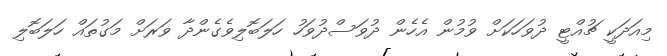
މިއަދަކީ ޗުއްޓީ ދުވަހަކަށް ވުމުން އެހެން ދުވަސްދުވަހު ހަލަބޮލިވެގެންދާ ވަރަށް މަގުތައް ހަލަބޮލި